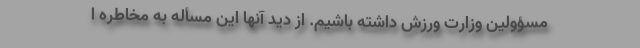
مسؤولین وزارت ورزش داشته باشیم. از دید آنها این مسأله به مخاطره ا